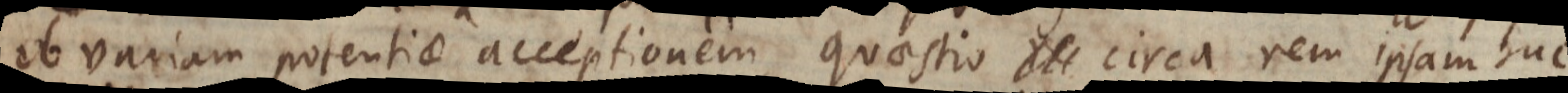
ob variam potentiae acceptionem, quaestio circa rem ipsam huc